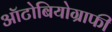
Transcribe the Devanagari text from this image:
ऑटोबियोग्राफी